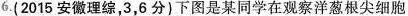
6.(2015安徽理综，3，6分)下图是某同学在观察洋葱根尖细胞